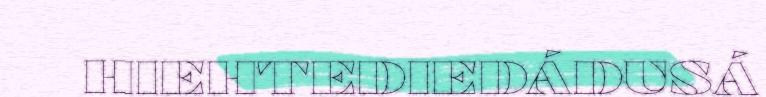
HIEHTEDIEDÁDUSÁ